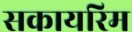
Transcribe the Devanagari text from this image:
सकायरिम